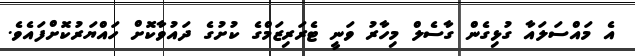
އެ މައްސަލައާ ގުޅިގެން ގާސެލް މިހާރު ވަނީ ޓެރަރިޒަމްގެ ކުށުގެ ދައުވާކޮށް ހައްޔަރުކޮށްފައެވެ.